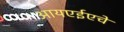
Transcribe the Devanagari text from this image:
आयएईएचे